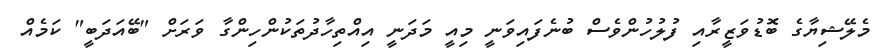
މެލޭޝިޔާގެ ބޮޑުވަޒީރާއި ފުލުހުންވެސް ބުނެފައިވަނީ މިއީ މަދަނީ އިއްތިހާދުތަކުންހިންގާ ވަރަށް "ބޭއަދަބީ" ކަމެއް